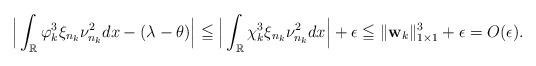
LaTeX: \begin{align*}\Big |\int_{\mathbb R} \varphi_k^3 \xi_{n_k}\nu_{n_k}^2dx-(\lambda-\theta) \Big | \leqq \Big |\int_{\mathbb R} \chi_k^3 \xi_{n_k}\nu_{n_k}^2dx\Big |+\epsilon\leqq \|{\bf{w}}_{k}\|^3_{1\times 1} + \epsilon=O(\epsilon).\end{align*}